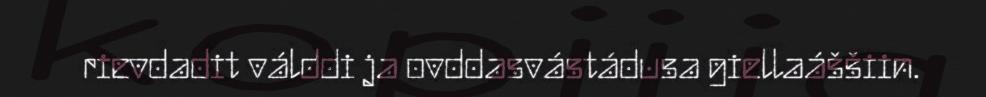
rievdadit válddi ja ovddasvástádusa giellaáššiin.